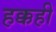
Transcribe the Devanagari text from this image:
हक्कही